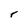
Character: r